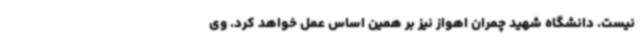
نیست. دانشگاه شهید چمران اهواز نیز بر همین اساس عمل خواهد کرد. وی